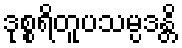
ဒုစ္စရိတူပသမ္ပဒန္တိ